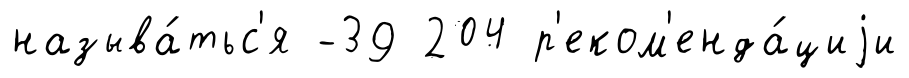
называ́тьс'я -39 204 р'еком'енда́циjи